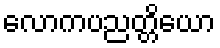
လောကပညတ္တိယော